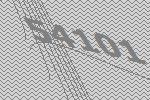
54101